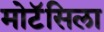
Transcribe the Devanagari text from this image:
मोटॅसिला